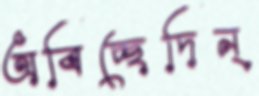
অবিচ্ছেদিন্